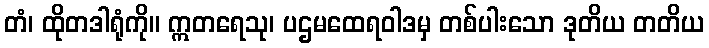
တံ၊ ထိုတဒါရုံကို။ ဣတရေသု၊ ပဌမထေရဝါဒမှ တစ်ပါးသော ဒုတိယ တတိယ